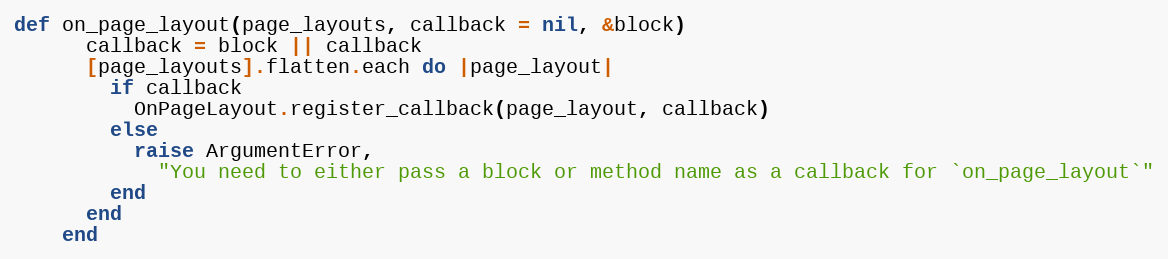
Language: Ruby
def on_page_layout(page_layouts, callback = nil, &block)
      callback = block || callback
      [page_layouts].flatten.each do |page_layout|
        if callback
          OnPageLayout.register_callback(page_layout, callback)
        else
          raise ArgumentError,
            "You need to either pass a block or method name as a callback for `on_page_layout`"
        end
      end
    end